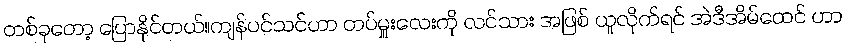
တစ်ခုတော့ ပြောနိုင်တယ်။ကျန်ပင်သင်ဟာ တပ်မှူးလေးကို လင်သား အဖြစ် ယူလိုက်ရင် အဲဒီအိမ်ထေင် ဟာ